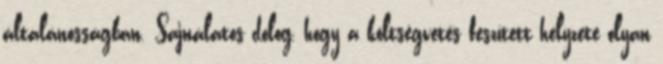
általánosságban. Sajnálatos dolog, hogy a költségvetés feszített helyzete olyan